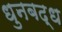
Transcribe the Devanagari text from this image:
धुनबद्ध